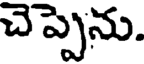
చెప్పెను.